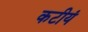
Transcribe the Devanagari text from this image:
कटीयं